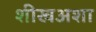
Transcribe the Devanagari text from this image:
शीखअशा